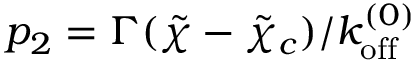
p _ { 2 } = \Gamma ( \tilde { \chi } - \tilde { \chi } _ { c } ) / { k _ { \mathrm { o f f } } ^ { ( 0 ) } }